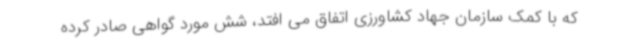
که با کمک سازمان جهاد کشاورزی اتفاق می افتد، شش مورد گواهی صادر کرده